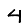
Digit: 4